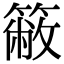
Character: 𥳆